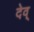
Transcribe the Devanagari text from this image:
देव्